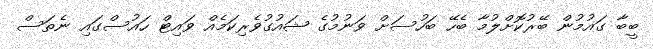
ބީބާ ގައުމުން ބޭރުކޮށްލުމާ ބެހޭ ބަހުސަށް ވަނުމުގެ ޝައުގުވެރިކަމެއް ވައިޓް ހައުސްގައި ނެތަސް